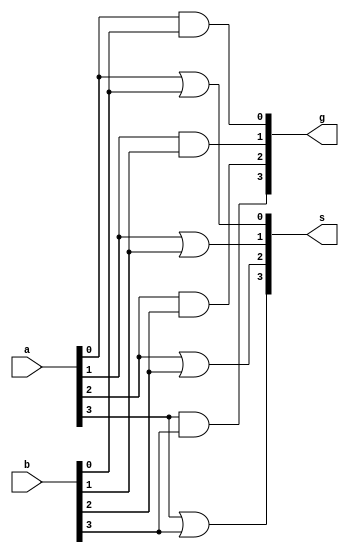
// -------------------------
// Exemplo0031
// Nome: Raphael Quintao
// -------------------------
// -------------------------
// 
// -------------------------
module f4 (output [3:0] s, output [3:0] g,
input [3:0] a,input [3:0] b);

   or or1(s[0], a[0], b[0]);
	or or2(s[1], a[1], b[1]);
	or or3(s[2], a[2], b[2]);
	or or4(s[3], a[3], b[3]);
	
	and and1(g[0], a[0], b[0]);
	and and2(g[1], a[1], b[1]);
	and and3(g[2], a[2], b[2]);
	and and4(g[3], a[3], b[3]);

endmodule //
module test;
// ------------------------- definir dados
reg [3:0] x;
reg [3:0] y;
wire [3:0] z;
wire [3:0] w;
f4 modulo (z, w, x, y);
// ------------------------- parte principal
initial begin
$display("Exemplo0031 - Raphael Quintao - 445171");
$display("Test LU's module");

x = 4'b0011; y = 4'b0101;

$monitor("\n %3b | %3b = %3b \n %3b & %3b = %3b",x,y,z,x,y,w );

#1x = 4'b0011; y = 4'b0101;
#1x = 4'b1111; y = 4'b0000;
#1x = 4'b0000; y = 4'b1111;
end
endmodule // test_f4